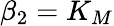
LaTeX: \beta_{2}=K_{M}